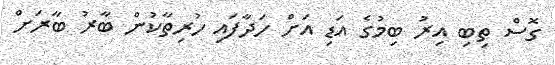
ގޮސް ތިބި އިރު ބިމުގެ އަޑި އަށް ހަދާފައި ހުރިތާކުން ބާރު ބާރަށް